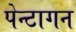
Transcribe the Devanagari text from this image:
पेन्टागन